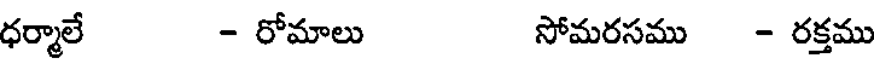
ధర్మాలే - రోమాలు సోమరసము - రక్తము